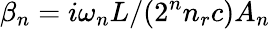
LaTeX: \beta_{n}=i\omega_{n}L/(2^{n}n_{r}c)A_{n}